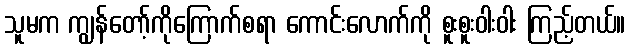
သူမက ကျွန်တော့်ကိုကြောက်စရာ ကောင်းလောက်ကို စူးစူးဝါးဝါး ကြည့်တယ်။